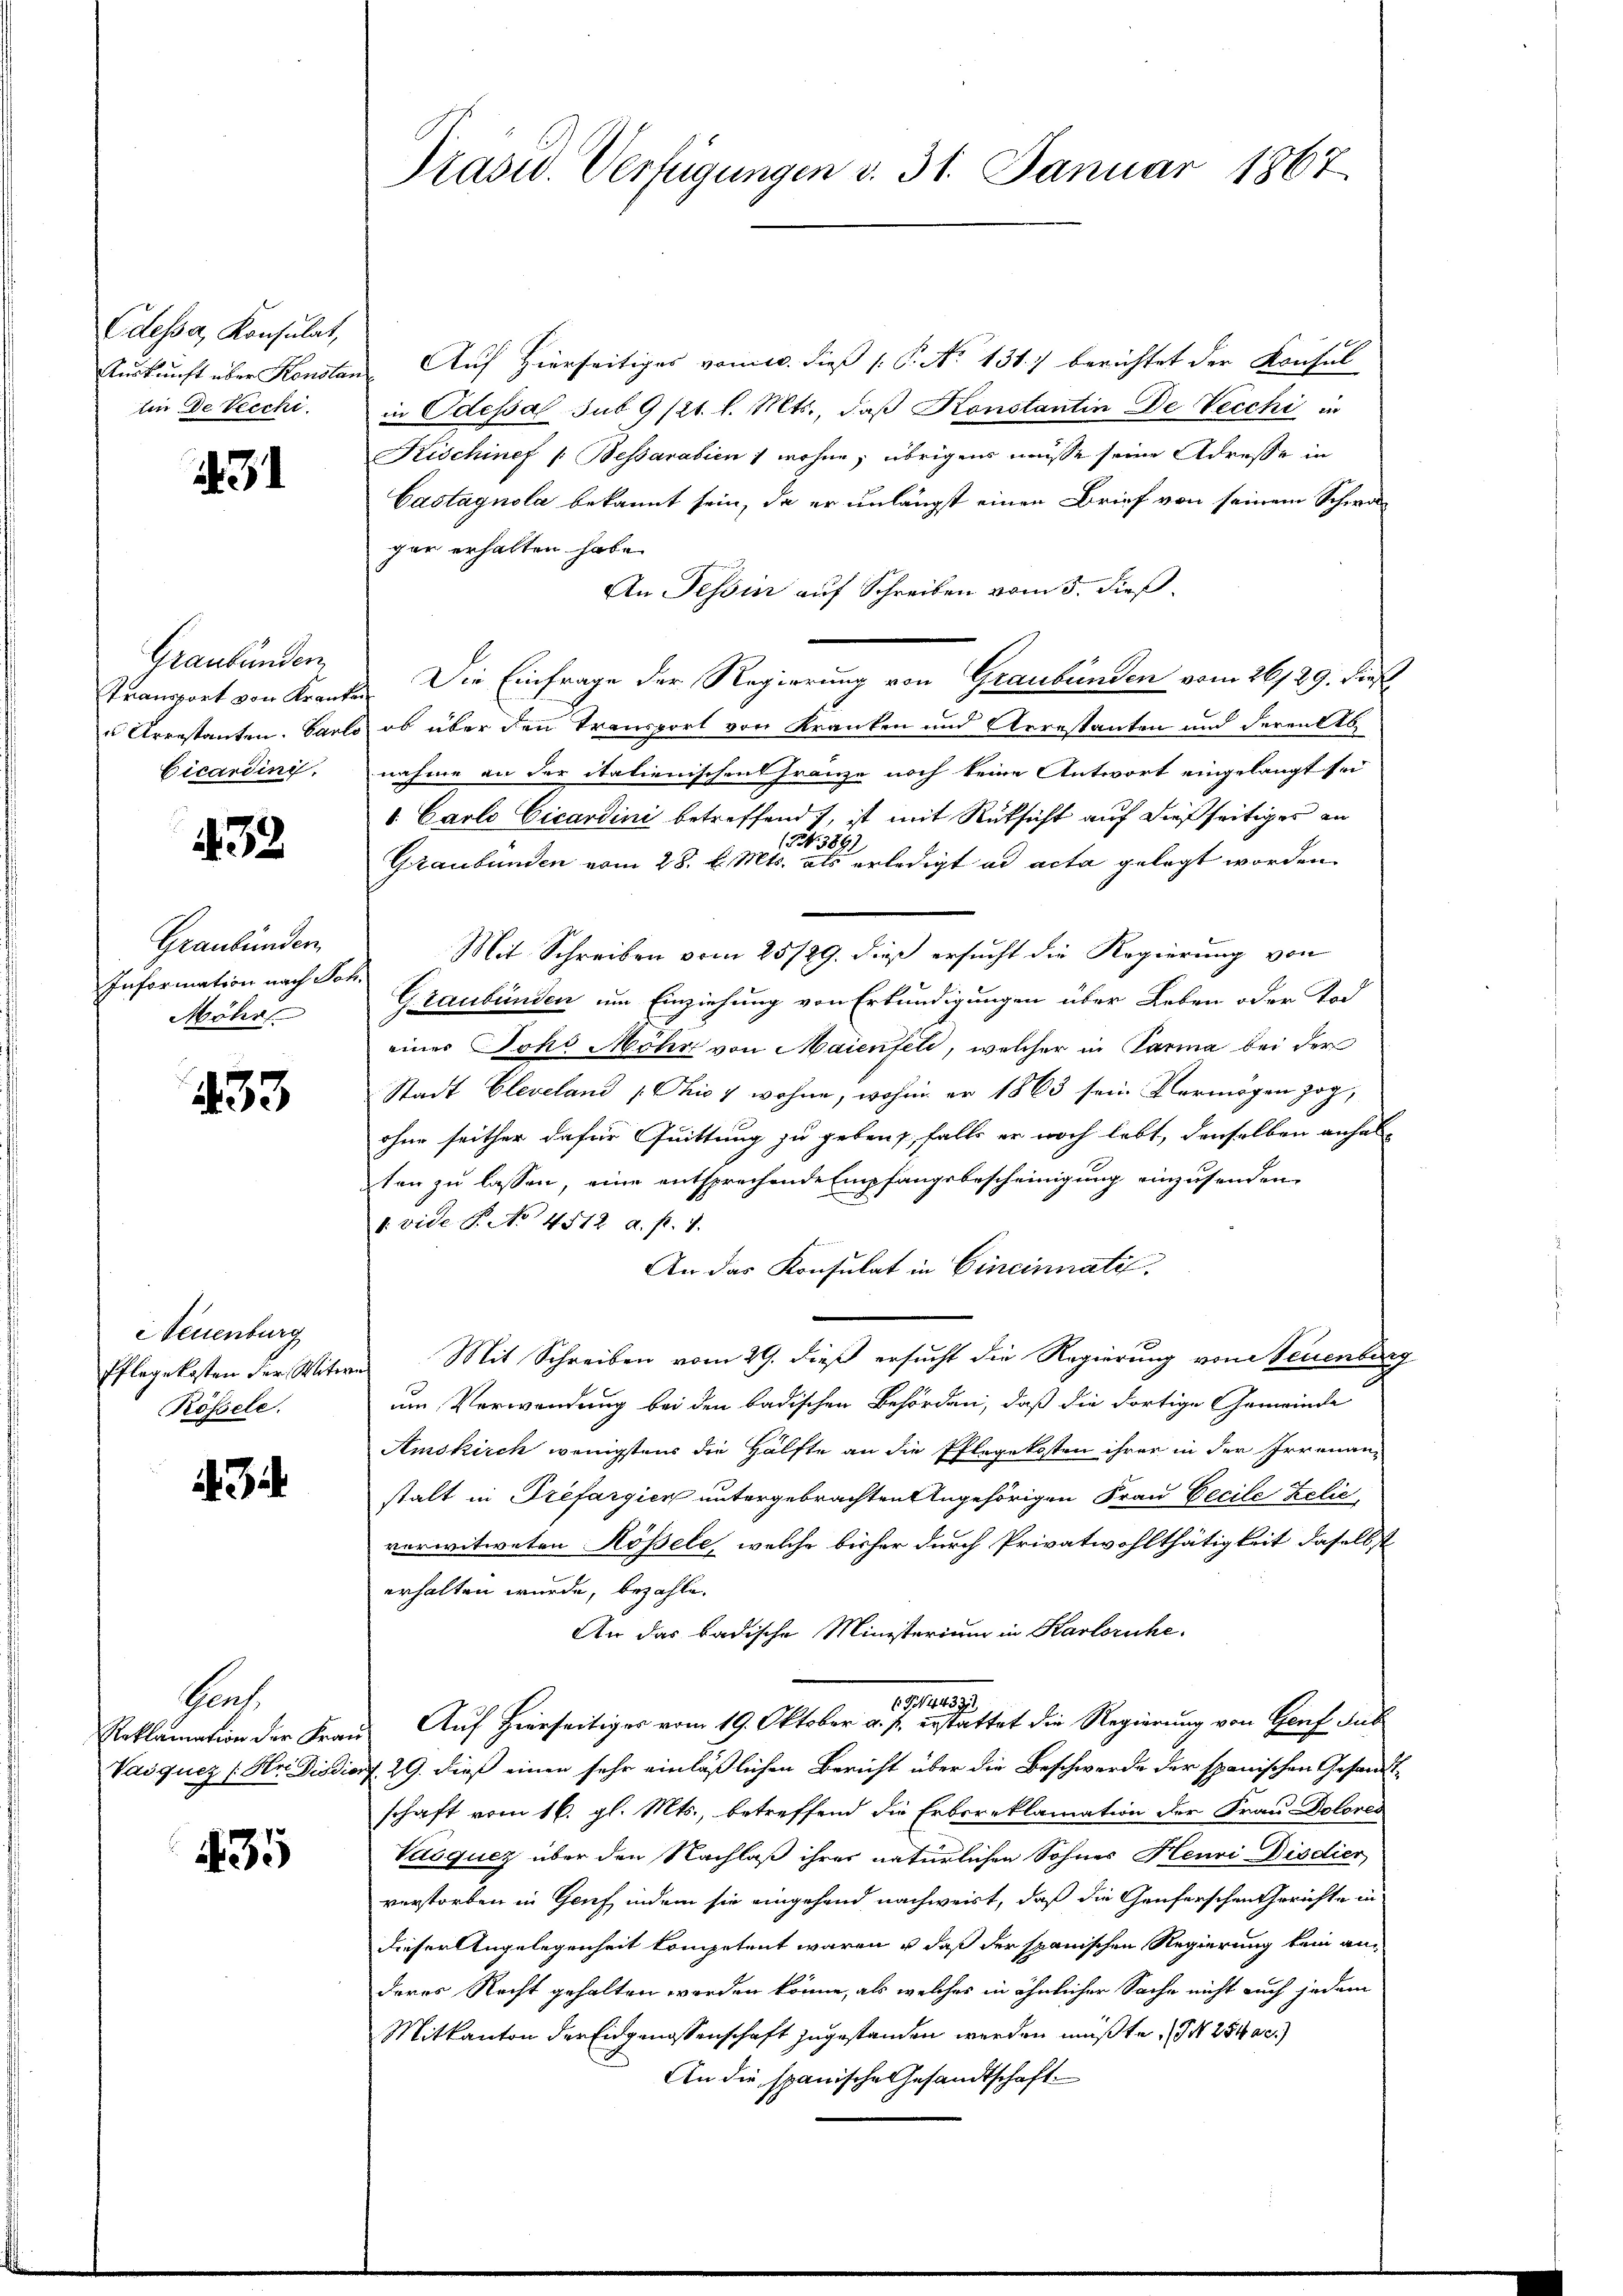
Odessa, Konsulat,
lin de Vecchi.

3

Graubünden
Cicardini.

433.

Graubünden
Information nach Joh.
Möhr

233

Neuenburg
Pflegekosten der Witwe
Rössele.

Gent.
Vaiquez (Hr. Die die

435

Präsid. Verfügungen v. 31. Januar 1867.

Auskunft über Konstan. Auf Hierseitiges vom 10. dieß (: P. No 131.) berichtet der Konsul
in Odessal sub 9/21. l. Mts., daß Konstantin De Vecchi in
Kischinef /: Bessarabien ; wohne, übrigens müsse seine Adresse in
Castagnola bekannt sein, da er unlängst einen Brief von seinem Schwagar erhalten habe.
An Tessin auf Schreiben vom 5. dieß
Transport von Kraufs. Die Einfrage der Regierung von Graubünden vom 26/89. dies
u Arrestanten. Carlo, ob über den Transport von Kranken und Arrestanten und deren Ab
nahme an der italienischen Franze noch keine Antwort eingelangt sei
. Carlo Cicardini betreffend, ist mit Rücksicht auf dießseitiges an
154. 389)
Graubünden vom 28. v. Mts. als erledigt ad acta gelegt worden.
Mit Schreiben vom 25/29. dieß ersucht die Regierung von
Graubünden um Einziehung von Erkundigungen über Leben oder Tod
einer Joh. Mohr von Maienfeld, welcher in Parina bei der
Stadt Cleveland „Chio 7 wohne, wohin er 1863 sein Vermögen zog,
ohne seither dafür Quittung zu geben, falls er noch lebt, denselben anhalten zu lassen, eine entsprechende Empfangsbescheinigung einzusenden,
1. vide P. No 4512 a. p. 1.
An das Konsulat in Cincinnati
Mit Schreiben vom 29. dieß ersucht die Regierung von Neuenbur
um Verwendung bei den badischen Behörden, daß die dortige Gemeinde
Amskirch wenigstens die Hälfte an die Pflegekosten ihrer in der Irrenanstalt in Trefargien untergebrachten Angehörigen Frau Cecile Zelić
verwitweten Rössele, welche bisher durch Privatwohlthätigkeit daselbst
erhalten wurde, bezahle.
An das badische Ministerium in Karlsruhe.
G4437
Reklamation der Frau Auf Hierseitiges vom 19. Oktober a. p. erstattet die Regierung von Genf des
ad. 29. dieß einen sehr einläßlichen Bericht über die Beschwerde der spanischen Gesandtschaft vom 16. gl. Mts., betreffend die Erbsreklamation der Frau Dolores
Vasqucz über den Nachlaß ihres natürlichen Sohnes Henri Disdier
verstorben in Genf, indem sie eingehend nachweist, daß die Genferschen Gerichte in
dieser Angelegenheit kompetent waren u daß der spanischen Regierung kein anderes Recht gehalten werden könne, als welches in ähnlicher Sache nicht auch jedem
Mitkanton der Eidgenossenschaft zugestanden werden müßte, I 254 ac.)
An die spanische Gesandtschaft